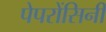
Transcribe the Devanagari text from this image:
पेपरोंसिनी